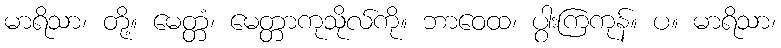
မာရိသာ၊ တို့။ မေတ္တံ၊ မေတ္တာကုသိုလ်ကို။ ဘာဝေထ၊ ပွါးကြကုန်။ ပ။ မာရိသာ၊